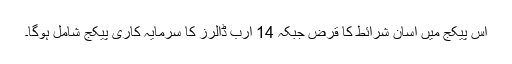
اس پیکج میں آسان شرائط کا قرض جبکہ 14 ارب ڈالرز کا سرمایہ کاری پیکج شامل ہوگا۔